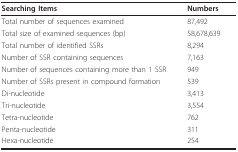
<table><thead><tr><td><b>Searching Items</b></td><td><b>Numbers</b></td></tr></thead><tbody><tr><td>Total number of sequences examined</td><td>87,492</td></tr><tr><td>Total size of examined sequences (bp)</td><td>58,678,639</td></tr><tr><td>Total number of identified SSRs</td><td>8,294</td></tr><tr><td>Number of SSR containing sequences</td><td>7,163</td></tr><tr><td>Number of sequences containing more than 1 SSR</td><td>949</td></tr><tr><td>Number of SSRs present in compound formation</td><td>539</td></tr><tr><td>Di-nucleotide</td><td>3,413</td></tr><tr><td>Tri-nucleotide</td><td>3,554</td></tr><tr><td>Tetra-nucleotide</td><td>762</td></tr><tr><td>Penta-nucleotide</td><td>311</td></tr><tr><td>Hexa-nucleotide</td><td>254</td></tr></tbody></table>